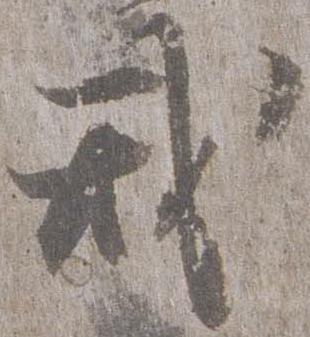
戒